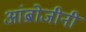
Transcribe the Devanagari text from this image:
आंब्रोजीनी